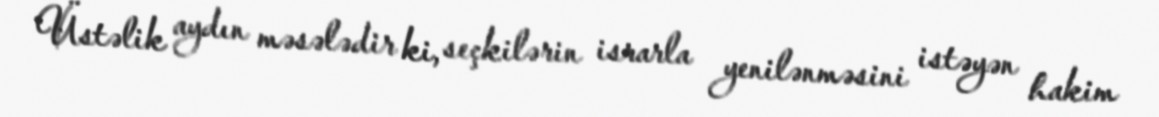
Üstəlik aydın məsələdir ki, seçkilərin israrla yenilənməsini istəyən hakim